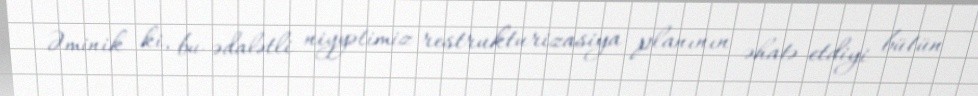
Əminik ki, bu ədalətli niyyətimiz restrukturizasiya planının əhatə etdiyi bütün